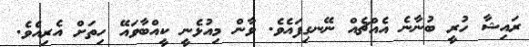
ރައިޝާ ހުރީ ބުނާނެ އެއްޗެއް ނޭނގިފައެވެ. ވާން މިއުޅެނީ ކީއްބާވައޭ ހިތަށް އެރިއެވެ.